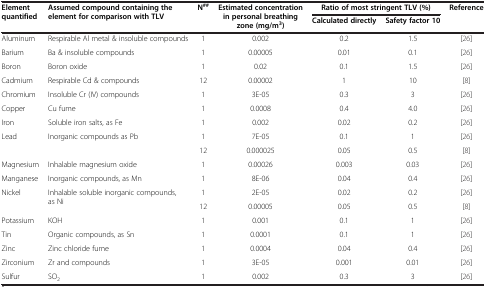
<table><thead><tr><td rowspan="2"><b>Element quantified</b></td><td rowspan="2"><b>Assumed compound containing the element for comparison with TLV</b></td><td rowspan="2"><b>N<sup>##</sup></b></td><td rowspan="2"><b>Estimated concentration in personal breathing zone (mg/m<sup>3</sup>)</b></td><td colspan="2"><b>Ratio of most stringent TLV (%)</b></td><td rowspan="2"><b>Reference</b></td></tr><tr><td><b>Calculated directly</b></td><td><b>Safety factor 10</b></td></tr></thead><tbody><tr><td>Aluminum</td><td>Respirable Al metal &amp; insoluble compounds</td><td>1</td><td>0.002</td><td>0.2</td><td>1.5</td><td>[26]</td></tr><tr><td>Barium</td><td>Ba &amp; insoluble compounds</td><td>1</td><td>0.00005</td><td>0.01</td><td>0.1</td><td>[26]</td></tr><tr><td>Boron</td><td>Boron oxide</td><td>1</td><td>0.02</td><td>0.1</td><td>1.5</td><td>[26]</td></tr><tr><td>Cadmium</td><td>Respirable Cd &amp; compounds</td><td>12</td><td>0.00002</td><td>1</td><td>10</td><td>[8]</td></tr><tr><td>Chromium</td><td>Insoluble Cr (IV) compounds</td><td>1</td><td>3E-05</td><td>0.3</td><td>3</td><td>[26]</td></tr><tr><td>Copper</td><td>Cu fume</td><td>1</td><td>0.0008</td><td>0.4</td><td>4.0</td><td>[26]</td></tr><tr><td>Iron</td><td>Soluble iron salts, as Fe</td><td>1</td><td>0.002</td><td>0.02</td><td>0.2</td><td>[26]</td></tr><tr><td rowspan="2">Lead</td><td rowspan="2">Inorganic compounds as Pb</td><td>1</td><td>7E-05</td><td>0.1</td><td>1</td><td>[26]</td></tr><tr><td>12</td><td>0.000025</td><td>0.05</td><td>0.5</td><td>[8]</td></tr><tr><td>Magnesium</td><td>Inhalable magnesium oxide</td><td>1</td><td>0.00026</td><td>0.003</td><td>0.03</td><td>[26]</td></tr><tr><td>Manganese</td><td>Inorganic compounds, as Mn</td><td>1</td><td>8E-06</td><td>0.04</td><td>0.4</td><td>[26]</td></tr><tr><td rowspan="2">Nickel</td><td rowspan="2">Inhalable soluble inorganic compounds, as Ni</td><td>1</td><td>2E-05</td><td>0.02</td><td>0.2</td><td>[26]</td></tr><tr><td>12</td><td>0.00005</td><td>0.05</td><td>0.5</td><td>[8]</td></tr><tr><td>Potassium</td><td>KOH</td><td>1</td><td>0.001</td><td>0.1</td><td>1</td><td>[26]</td></tr><tr><td>Tin</td><td>Organic compounds, as Sn</td><td>1</td><td>0.0001</td><td>0.1</td><td>1</td><td>[26]</td></tr><tr><td>Zinc</td><td>Zinc chloride fume</td><td>1</td><td>0.0004</td><td>0.04</td><td>0.4</td><td>[26]</td></tr><tr><td>Zirconium</td><td>Zr and compounds</td><td>1</td><td>3E-05</td><td>0.001</td><td>0.01</td><td>[26]</td></tr><tr><td>Sulfur</td><td>SO<sub>2</sub></td><td>1</td><td>0.002</td><td>0.3</td><td>3</td><td>[26]</td></tr></tbody></table>